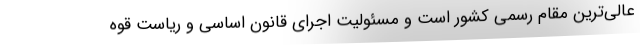
عالی‌ترین مقام رسمی کشور است و مسئولیت اجرای قانون اساسی و ریاست قوه